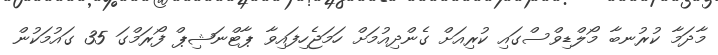
މާދަމާ ކުރުނބާ މޯލްޑިވްސްގައި ކުރިއަށް ގެންދިއުމަށް ހަމަޖެހިފައިވާ ޕާޓްނަޝިޕް ފޯރަމްގަ 35 ގައުމަކުން